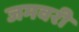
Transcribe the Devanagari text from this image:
जमवरी